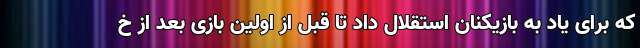
که برای یاد به بازیکنان استقلال داد تا قبل از اولین بازی بعد از خ